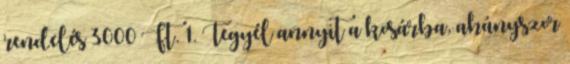
rendelés 3000 Ft. 1. Tegyél annyit a kosárba, ahányszor